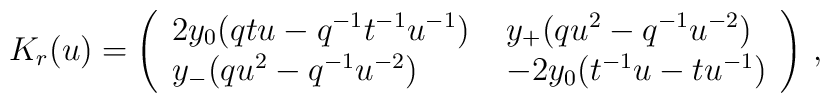
K_r (u)=\left( \begin{array}{ll}2y_{0}(qtu-q^{-1}t^{-1}u^{-1}) \; & y_{+}(qu^2 -q^{-1}u^{-2}) \\y_{-}(qu^2 -q^{-1}u^{-2}) \; & -2y_{0}(t^{-1}u-tu^{-1})\end{array} \right )\, ,